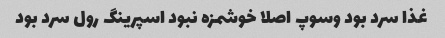
غذا سرد بود وسوپ اصلا خوشمزه نبود اسپرینگ رول سرد بود